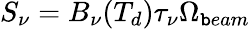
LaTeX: S_{\nu}=B_{\nu}(T_{d})\tau_{\nu}\Omega_{\mathtt{b}eam}